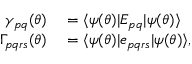
\begin{array} { r l } { \gamma _ { p q } ( { \boldsymbol { \theta } } ) } & { { } = \ensuremath { \langle { \psi ( { \boldsymbol { \theta } } ) } \rvert } E _ { p q } \ensuremath { \lvert { \psi ( { \boldsymbol { \theta } } ) } \rangle } } \\ { \Gamma _ { p q r s } ( { \boldsymbol { \theta } } ) } & { { } = \ensuremath { \langle { \psi ( { \boldsymbol { \theta } } ) } \rvert } e _ { p q r s } \ensuremath { \lvert { \psi ( { \boldsymbol { \theta } } ) } \rangle } , } \end{array}